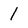
Character: 1